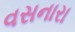
વસનારા